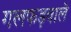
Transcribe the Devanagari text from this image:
गलफड़वाले